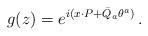
LaTeX: \begin{align*}g(z)=\displaystyle{e^{i(x{\cdot P}+\bar{Q}_{a}\theta^{a})}}\,.\end{align*}